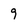
Character: 9